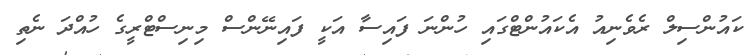
ކައުންސިލް ރެވެނިއު އެކައުންޓްގައި ހުންނަ ފައިސާ އަކީ ފައިނޭންސް މިނިސްޓްރީގެ ހުއްދަ ނެތި